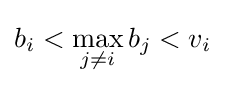
b_{i}<\max _{j\neq i}b_{j}<v_{i}